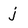
Character: j